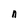
Character: n